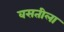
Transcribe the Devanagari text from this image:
वसतीला